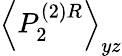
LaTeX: \left\langle P_{2}^{(2)R}\right\rangle_{yz}